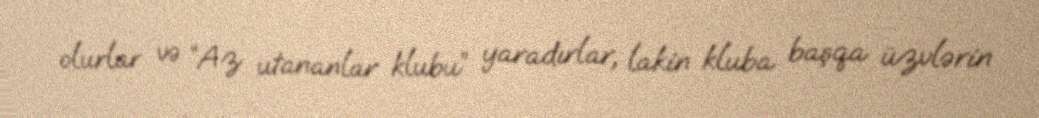
olurlar və “Az utananlar klubu” yaradırlar, lakin kluba başqa üzvlərin